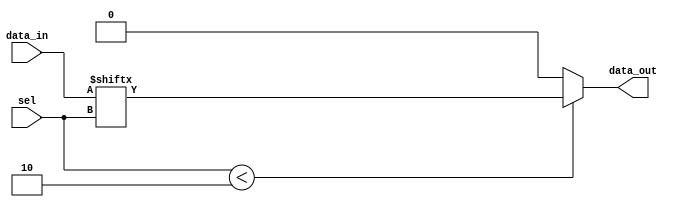
module parameterized_mux #(parameter N = 2) (
    input wire [N-1:0] data_in,   // N input data lines
    input wire [$clog2(N)-1:0] sel, // log2(N) selection input
    output reg data_out            // Output of the MUX
);

// Always block to handle the selection logic
always @(*) begin
    if (sel < N) begin
        data_out = data_in[sel]; // Route the selected input to the output
    end else begin
        data_out = 1'b0;          // Default output for invalid selection
        // Alternatively, you could implement an error indicator or different behavior
    end
end

endmodule